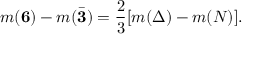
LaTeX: m ( { \bf 6 } ) - m ( { \bar { \bf 3 } } ) = \frac { 2 } { 3 } [ m ( \Delta ) - m ( N ) ] .